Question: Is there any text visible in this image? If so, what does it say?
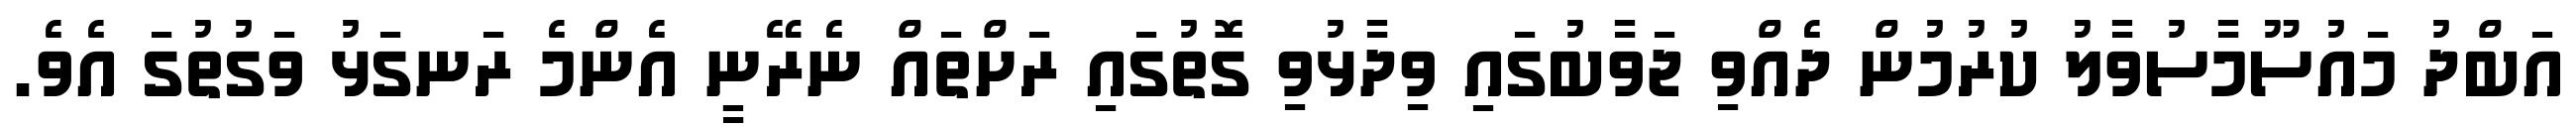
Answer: އަބްދު މައުސޫމާސުވާލު ކުރުމުން ދެއްވި ޖަވާބުގައި ވިދާޅުވި ގޮތުގައި ރަށްތައް ނެރޭނީ އެންމެ ރަނގަޅު ވަގުތުގަ އެވެ.